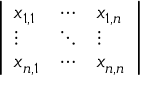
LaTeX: \left| \begin{array} { l l l } { x _ { 1 , 1 } } & { \cdots } & { x _ { 1 , n } } \\ { \vdots } & { \ddots } & { \vdots } \\ { x _ { n , 1 } } & { \cdots } & { x _ { n , n } } \end{array} \right|